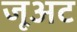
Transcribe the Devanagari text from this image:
जूअट